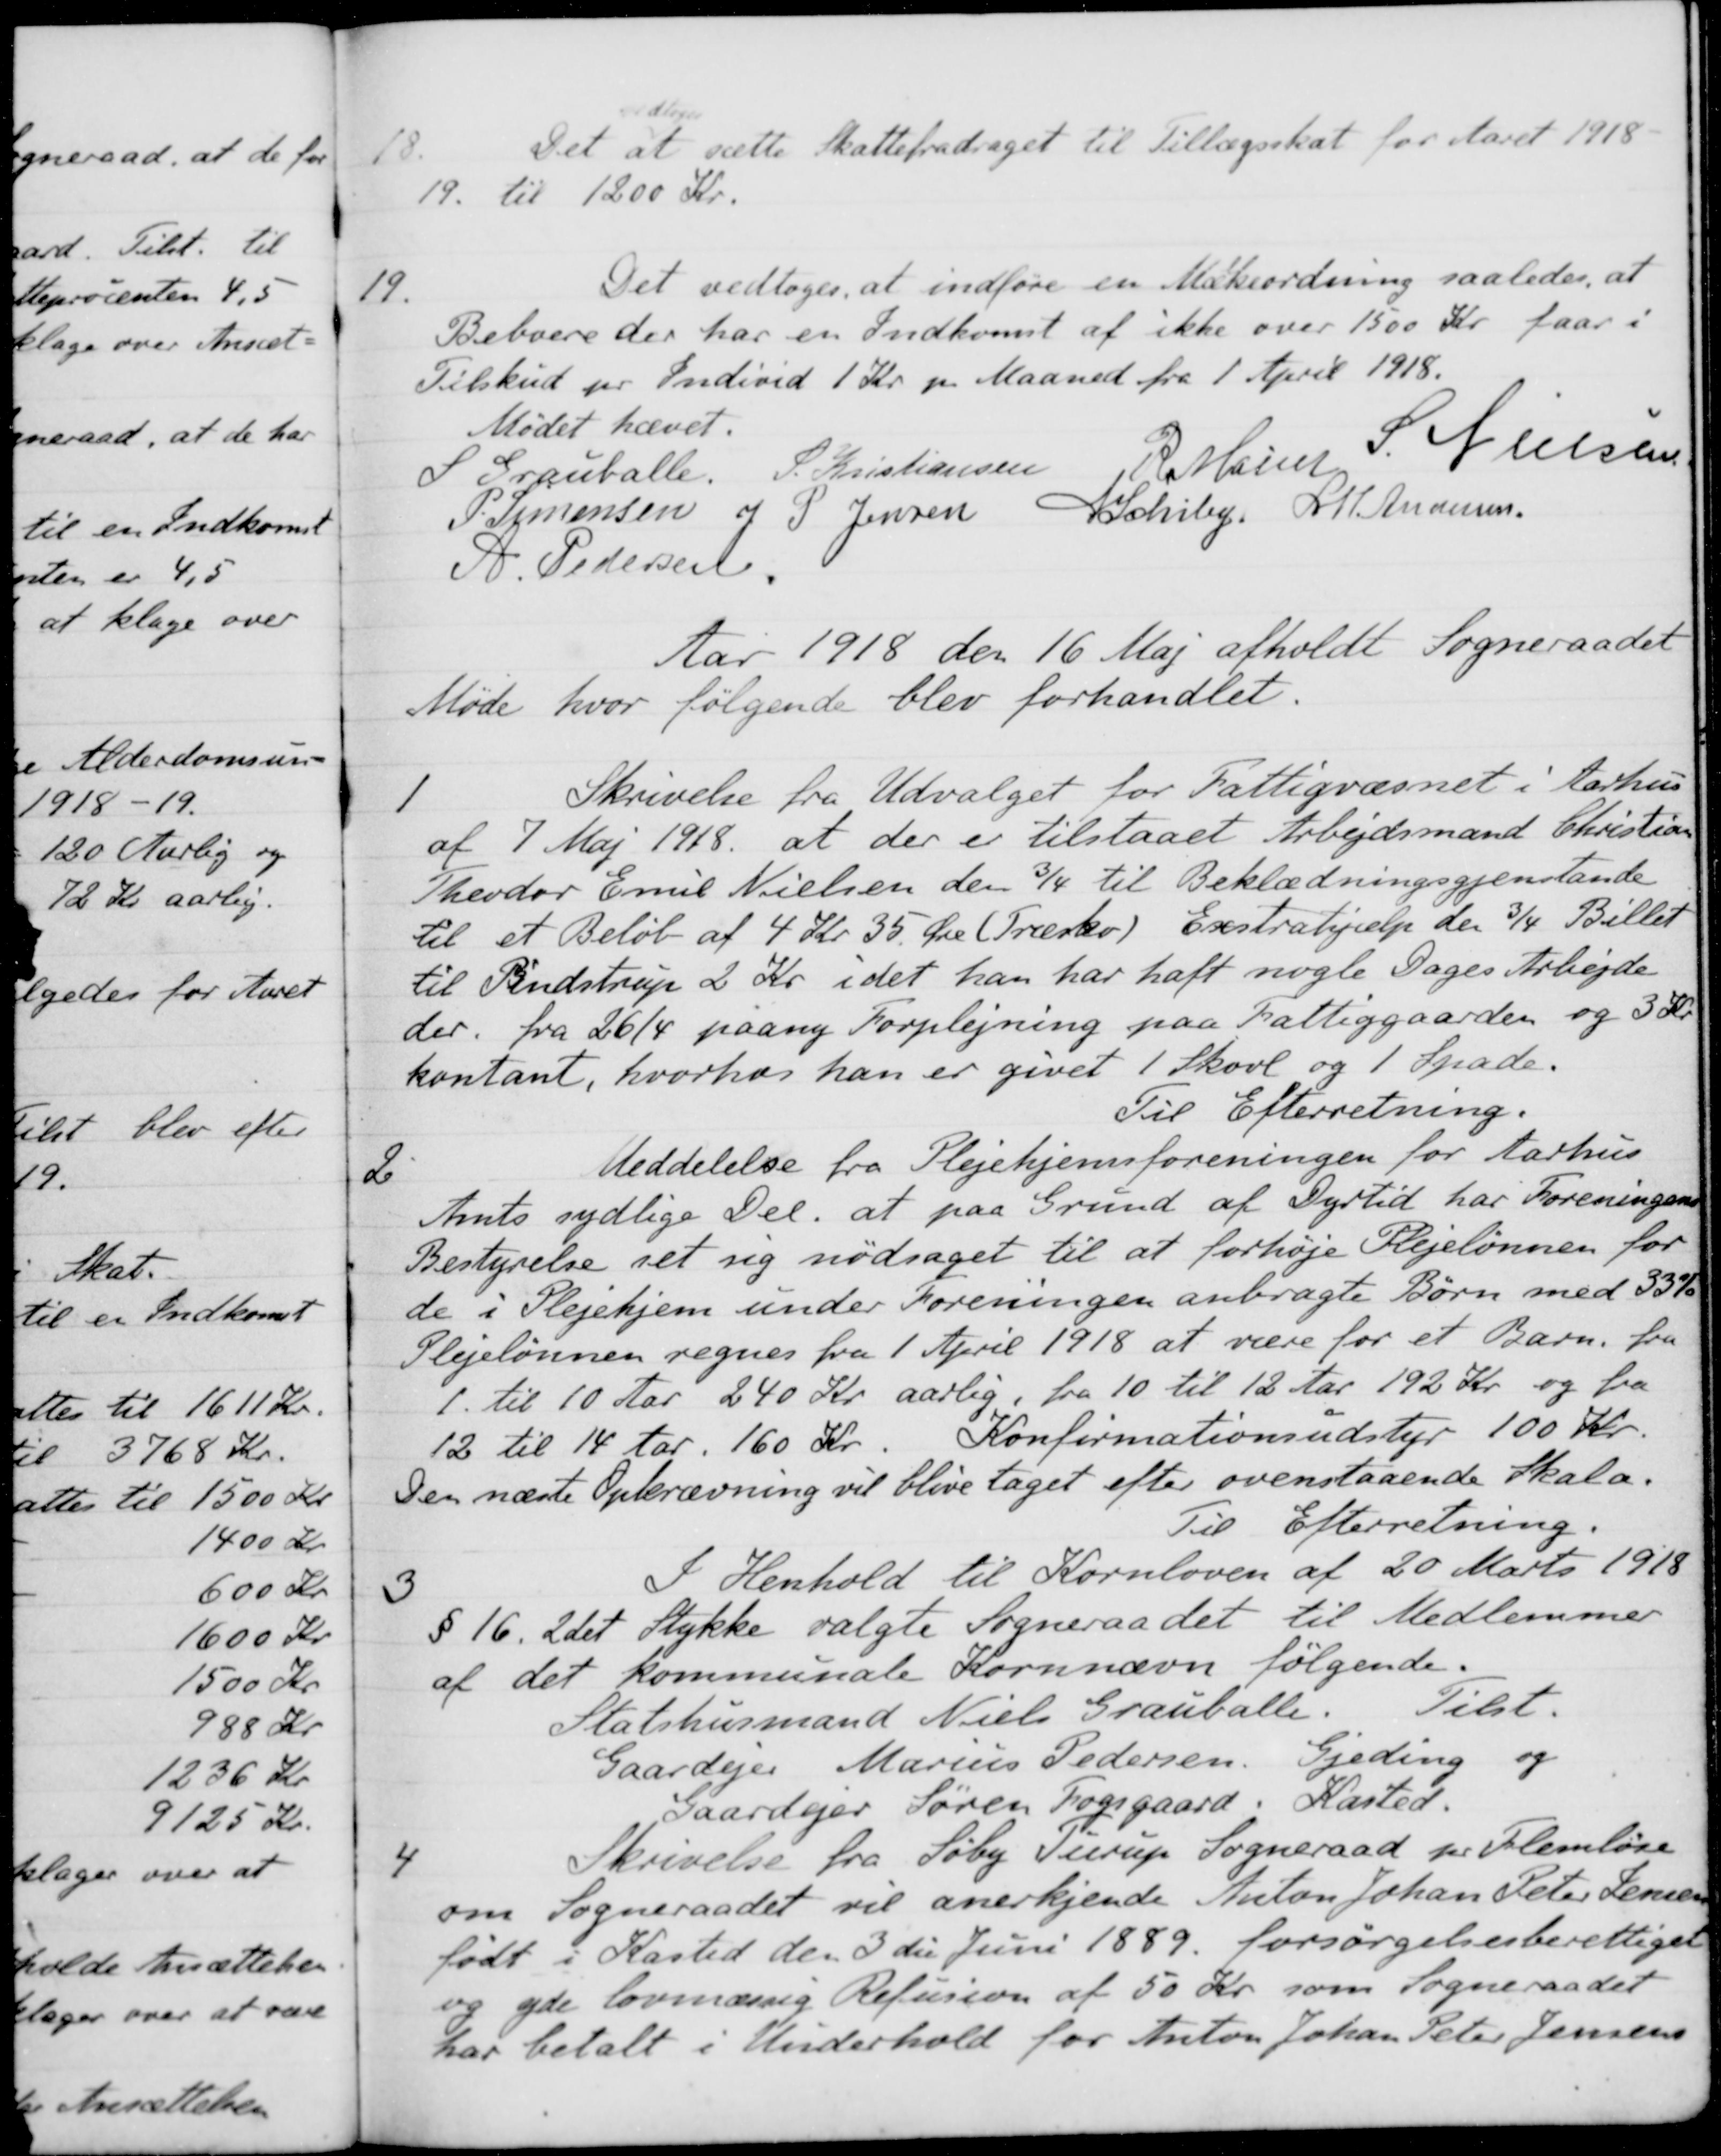
Transskription:
18.
Det
vedtoges
at sætte Skattefradraget til Tillægsskat for Aaret 1918.
19 til 1200 Kr.
19. 
Det vedtoges at indføre en Mærkeordning saaledes, at
Beboere der har en Indkomst af ikke over 1500 Kr faar i
Tilskud pr Individ 1 Kr pr Maaned fra 1 April 1918.
Mødet hævet.
S Grauballe.
P. Kristiansen
R. Mainz
S. Nielsen
P. Simonsen
J P Jensen
A Schiby,
H. M. Andersen
A. Pedersen
Aar 1918 den 16 Maj afholdt Sogneraadet
Møde hvor følgende blev forhandlet.
1
Skrivelse fra Udvalget for Fattigvæsnet i Aarhus
af 7 Maj 1918, at der er tilstaaet Arbejdsmand Christian
Theodor Emil Nielsen den 3/4 til Beklædningsgjenstande
til et Beløb af 4 Kr 35 Øre (Træsko) Exstrahjælp den 3/4 Billet
til Binstrup 2 Kr idet han har haft nogle Dages Arbejde
der. fra 26/4 paany Forplejning paa Fattiggaarden og 3 Kr
kontant, hvorhos han er givet 1 Skovl og 1 Spade.
Til Efterretning.
6
Meddelelse fra Plejehjemsforeningen for Aarhus
Amts sydlige Del at paa Grund af Dyrtid har Foreningens
Bestyrelse set sig nødsaget til at forhøje Plejelønnen for
de i Plejehjem under Foreningen anbragte Børn med 33%
Plejelønnen regnes fra 1 April 1918 at være for et Barn. fra
1. til 10 Aar 240 Kr aarlig, fra 10 til 12 Aar 192 Kr og fra
12 til 14 Aar. 160 Kr
Konfirmationsudstyr 100 Kr
Den næste Opkrævning vil blive taget efter ovenstaaende Skala.
Til Efterretning.
3
I Henhold til Kornloven af 20 Marts 1918
§ 16. 2det Stykke valgte Sogneraadet til Medlemmer
af det kommunale Kornnævn følgende.
Statshusmand Niels Grauballe. Tilst.
Gaardejer Marius Pedersen
Gjeding
og
Gaardejer Søren Fogsgaard
Kasted.
4
Skrivelse fra Søby Turup Sogneraad pr. Flemløse
om Sogneraadet vil anerkjende Anton Johan Peter Jensen
født i Kasted den 3 die Juni 1889 forsørgelsesberettiget
og yde lovmæssig Refusion af 50 Kr. som Sogneraadet
har betalt i Underhold for Anton Johan Peter Jensens